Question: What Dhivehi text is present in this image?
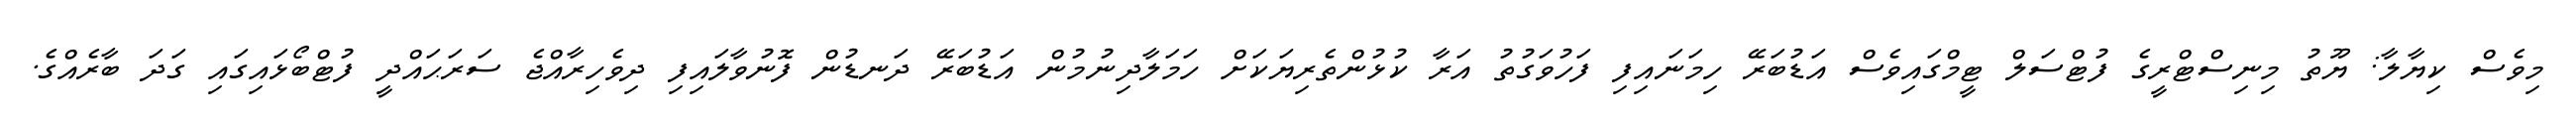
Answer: މިވެސް ކިޔާލާ: ޔޫތު މިނިސްޓްރީގެ ފުޓްސަލް ޓީމްގައިވެސް އަޑުބަރޭ ހިމަނައިފި ފަހުވަގުތު އަރާ ކުޅުންތެރިޔަކަށް ހަމަލާދިނުމުން އަޑުބަރޭ ދަނޑުން ފޮނުވާލައިފި ދިވެހިރާއްޖެ ސަރަޙައްދީ ފުޓްބޯޅައިގައި ގަދަ ބާރެއްގެ.